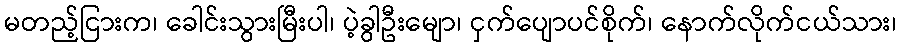
မတည့်ငြားက၊ ခေါင်းသွားမြီးပါ၊ ပဲ့ခွါဦးမျော၊ ငှက်ပျောပင်စိုက်၊ နောက်လိုက်ငယ်သား၊